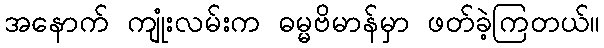
အနောက် ကျုံးလမ်းက ဓမ္မဗိမာန်မှာ ဖတ်ခဲ့ကြတယ်။